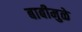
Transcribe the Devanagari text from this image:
बाबीमुळे